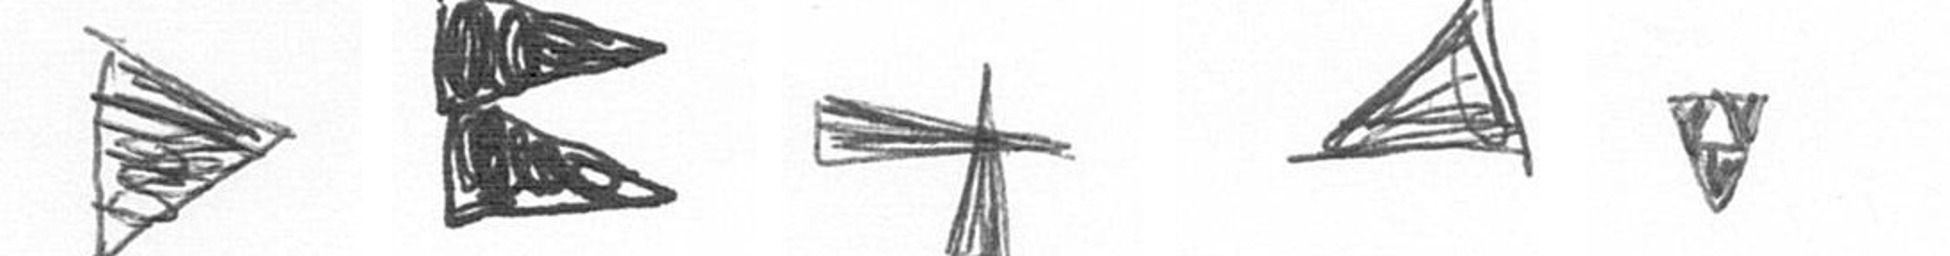
T P G O S